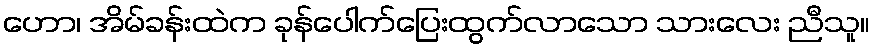
ဟော၊ အိမ်ခန်းထဲက ခုန်ပေါက်ပြေးထွက်လာသော သားလေး ညီသူ။